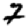
Digit: 7